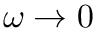
\omega \rightarrow 0